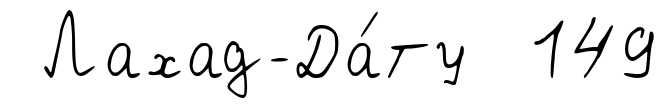
Лахад-Да́ту 149